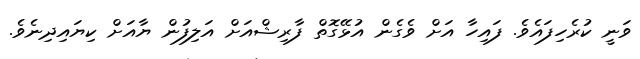
ވަނީ ކުރެހިފައެވެ. ފައިހާ އަށް ވެގެން އުޅޭގޮތް ފާރިޝްއަށް އަލިފުން ޔާއަށް ކިޔައިދިނެވެ.